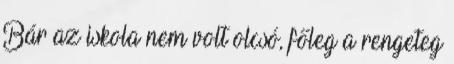
Bár az iskola nem volt olcsó, főleg a rengeteg